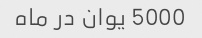
5000 یوان در ماه